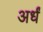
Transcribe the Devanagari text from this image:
अर्धं